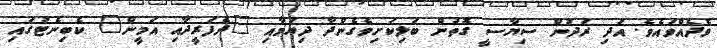
ވެދެއްވައެވެ. އަދި ރަދުން ސިޔާސީ ގޮތުން ބަލިކަށިވެގެންދާ ދިޔުމާއި "ދެފަރީދާއި އަމީން" ކެބިނެޓުގައި